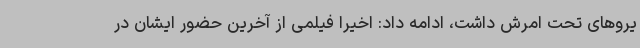
یروهای تحت امرش داشت، ادامه داد: اخیرا فیلمی از آخرین حضور ایشان در